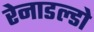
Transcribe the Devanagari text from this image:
रेनाडल्डो